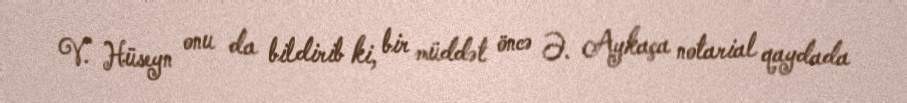
V. Hüseyn onu da bildirib ki, bir müddət öncə Ə. Aykaça notarial qaydada